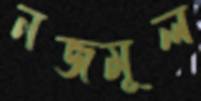
নজমূল